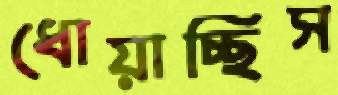
ধোয়াচ্ছিস